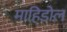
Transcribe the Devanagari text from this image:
माहिडोल